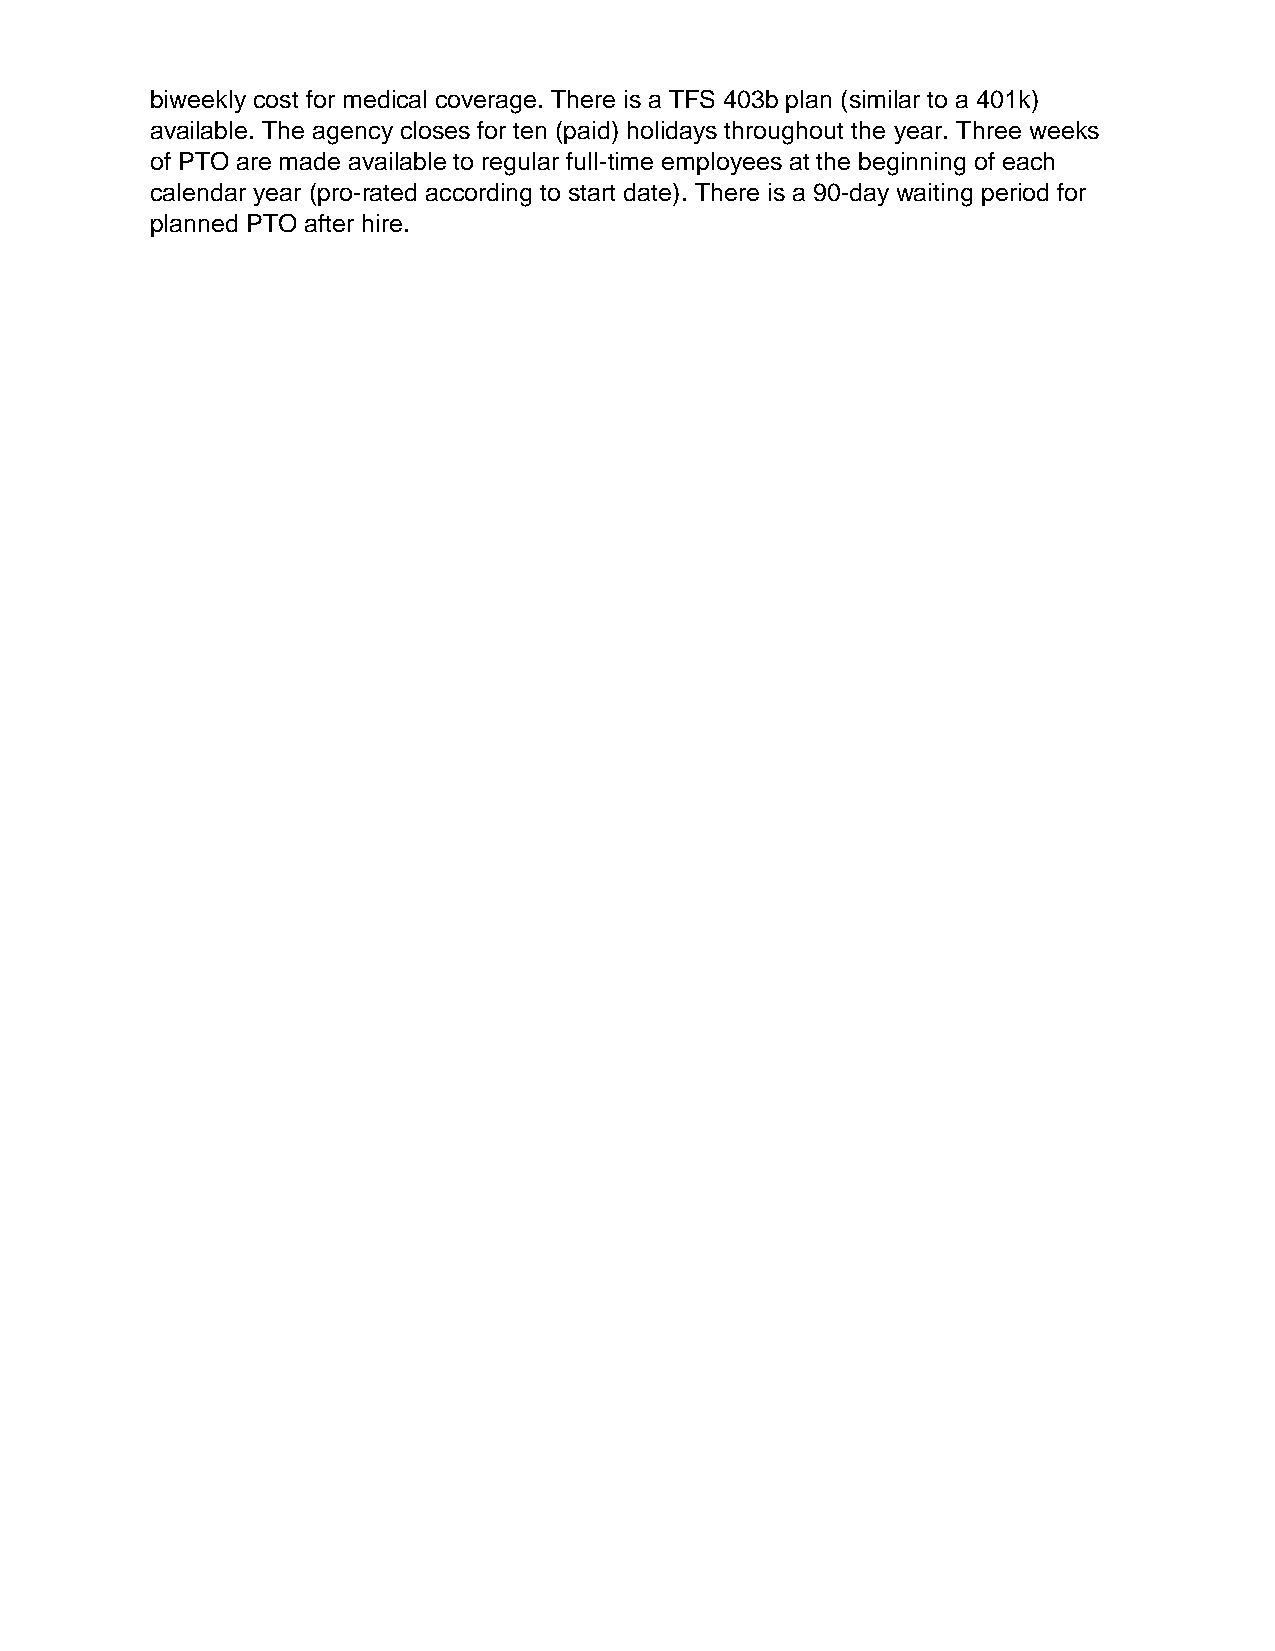
biweekly cost for medical coverage. There is a TFS 403b plan (similar to a 401k)
 available. The agency closes for ten (paid) holidays throughout the year. Three weeks
 of PTO are made available to regular full-time employees at the beginning of each
 calendar year (pro-rated according to start date). There is a 90-day waiting period for
 planned PTO after hire.